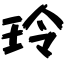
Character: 玲